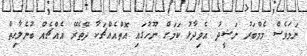
ނަމަވެސް މެމްބަރު ނަޝީދު އެވިދާޅު ކަމަށް ނޫހުގައި އޮތްއެއްޗަކާ ދޭތެރޭ އެއްޗެއް ބުނެލާހިތް